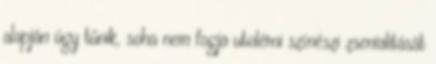
alapján úgy tűnik, soha nem fogja utolérni színészi zsenialitását